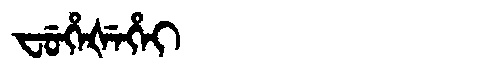
Manchu: ᠸᡠᡥᡝᡧᡝᡥᡝᡳ
Romanization: FUHEŠEHEI